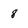
Character: 8